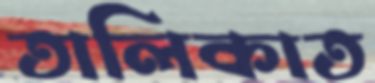
তালিকাত